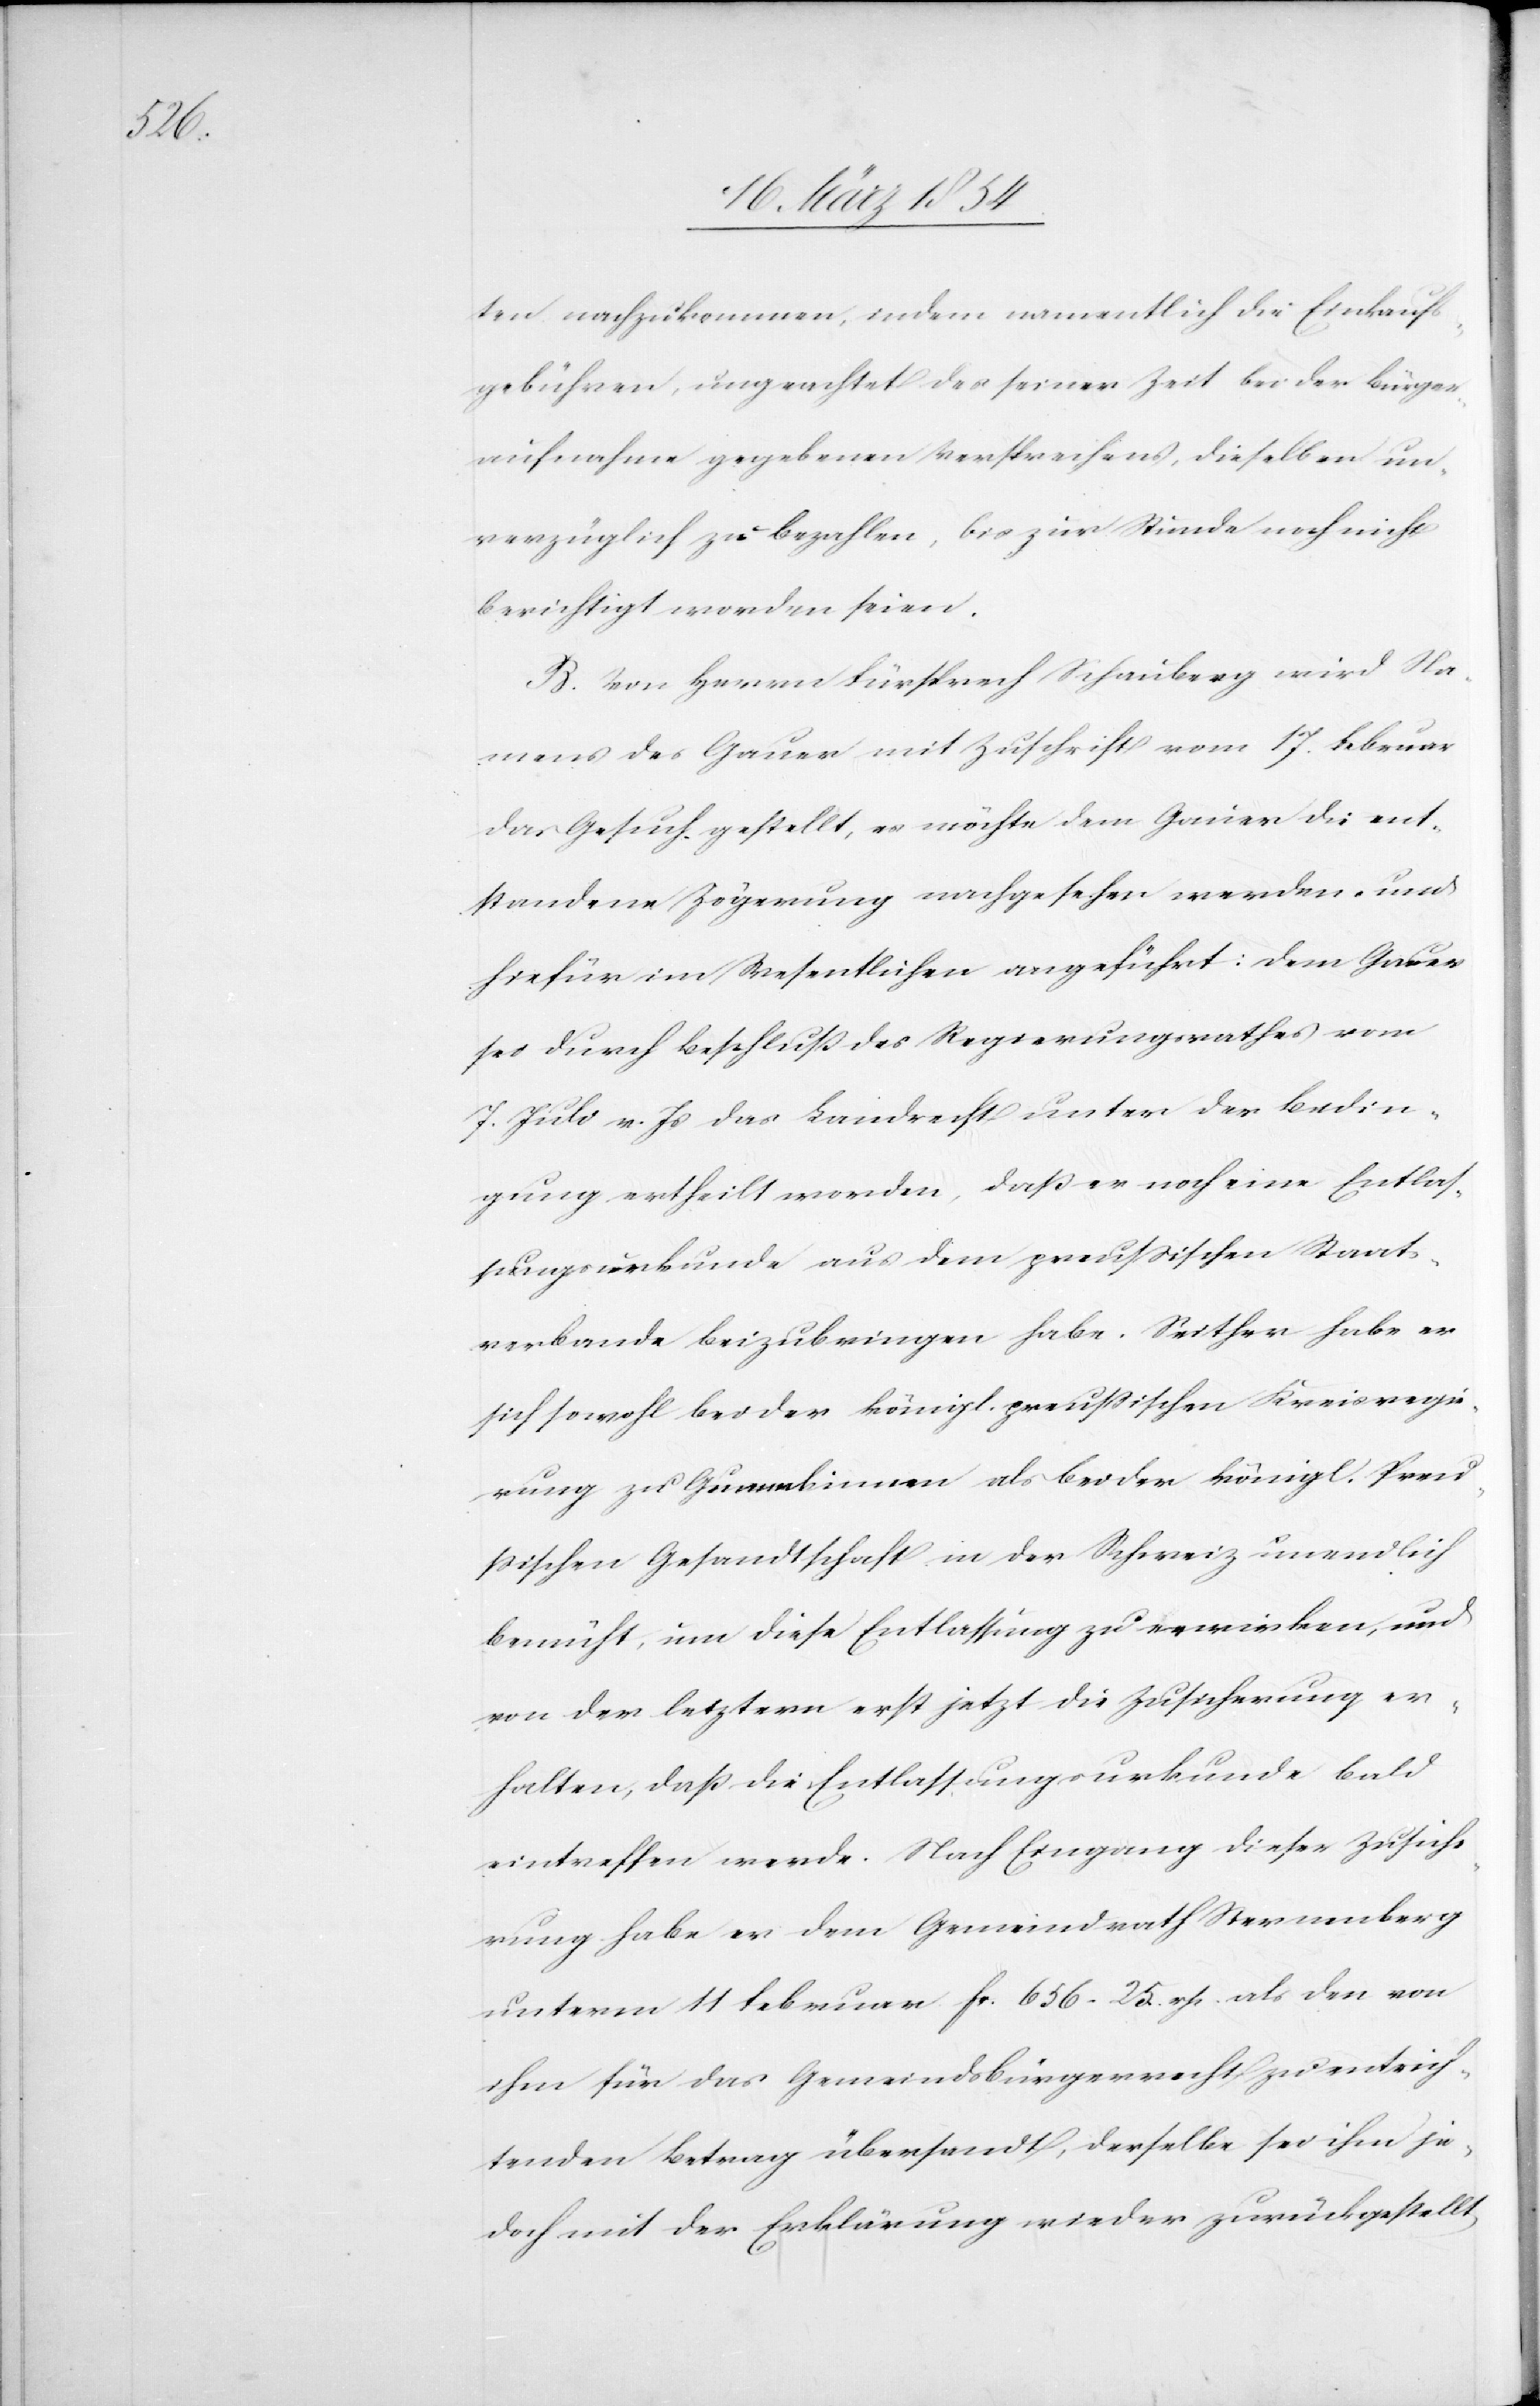
ten nachzukommen, indem namentlich die Einkaufs¬
gebühren, ungeachtet des seiner Zeit bei der Bürger¬
aufnahme gegebenen Versprechens, dieselben un¬
verzüglich zu bezahlen, bis zur Stunde noch nicht
berichtigt worden seien.
B. Von Herrn Fürsprech Schauberg wird Na¬
mens des Gauer mit Zuschrift vom 17. Februar
das Gesuch gestellt, es möchte dem Gauer die ent¬
standene Zögerung nachgesehen werden und
hiefür im Wesentlichen angeführt: Dem Gauer
sei durch Beschluß des Regierungsrathes vom
7. Juli v. Js das Landrecht unter der Bedin¬
gung ertheilt worden, daß er noch eine Entlas¬
sungsurkunde aus dem preußischen Staats¬
verbande beizubringen habe. Seither habe er
sich sowohl bei der königl. preußischen Kreisregie¬
rung zu Gummbinnen als bei der königl. Preus¬
sischen Gesandtschaft in der Schweiz unendlich
bemüht, um diese Entlassung zu erwirken, und
von der letztern erst jetzt die Zusicherung er¬
halten, daß die Entlassungsurkunde bald
eintreffend werde. Nach Eingang dieser Zusiche¬
rung habe der dem Gemeindrath Sternenberg
unterm 11 Februar Fc. 656.25.rp. als den von
ihm für das Gemeindsbürgerrecht zu entrich¬
tenden Betrag übersandt, derselbe sei ihm je¬
doch mit der Erklärung wieder zurückgestellt